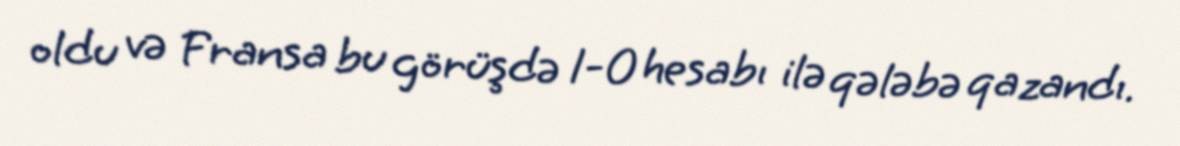
oldu və Fransa bu görüşdə 1-0 hesabı ilə qələbə qazandı.